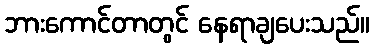
ဘားကောင်တာတွင် နေရာချပေးသည်။